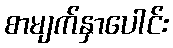
စာမျက်နှာပေါင်း